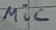
Text: mic